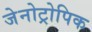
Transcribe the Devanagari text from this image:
जेनोट्रोपिक